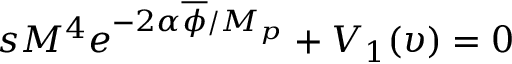
s M ^ { 4 } e ^ { - 2 \alpha \overline { { { \phi } } } / M _ { p } } + V _ { 1 } ( \upsilon ) = 0